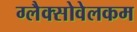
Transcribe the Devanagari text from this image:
ग्लैक्सोवेलकम